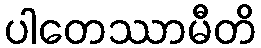
ပါတေဿာမီတိ